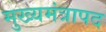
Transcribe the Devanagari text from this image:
मुख्यमंत्रापद